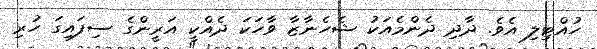
ހުއްޓިލި އެވެ. ދާދި ދެންމެއަކު ޝެހެނާޒާ ވާހަކަ ދެއްކީ އަރީންގެ ސިފައިގަ ހުރި